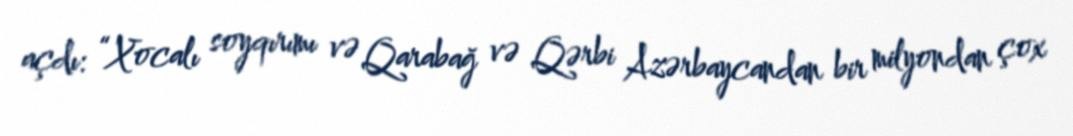
açdı: “Xocalı soyqırımı və Qarabağ və Qərbi Azərbaycandan bir milyondan çox